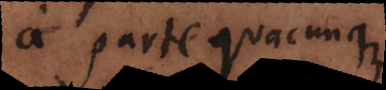
a parte quacunque.